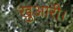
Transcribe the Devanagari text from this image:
खुआरी।